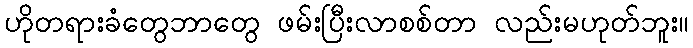
ဟိုတရားခံတွေဘာတွေ ဖမ်းပြီးလာစစ်တာ လည်းမဟုတ်ဘူး။